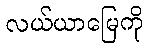
လယ်ယာမြေကို